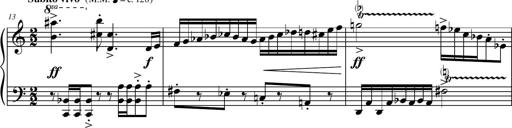
Title: Petite Sonatine
Composer: Richard St. Clair